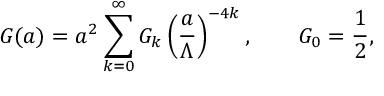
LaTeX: { \cal G } ( a ) = a ^ { 2 } \sum _ { k = 0 } ^ { \infty } { \cal G } _ { k } \left( { \frac { a } { \Lambda } } \right) ^ { - 4 k } , \qquad { \cal G } _ { 0 } = { \frac { 1 } { 2 } } ,